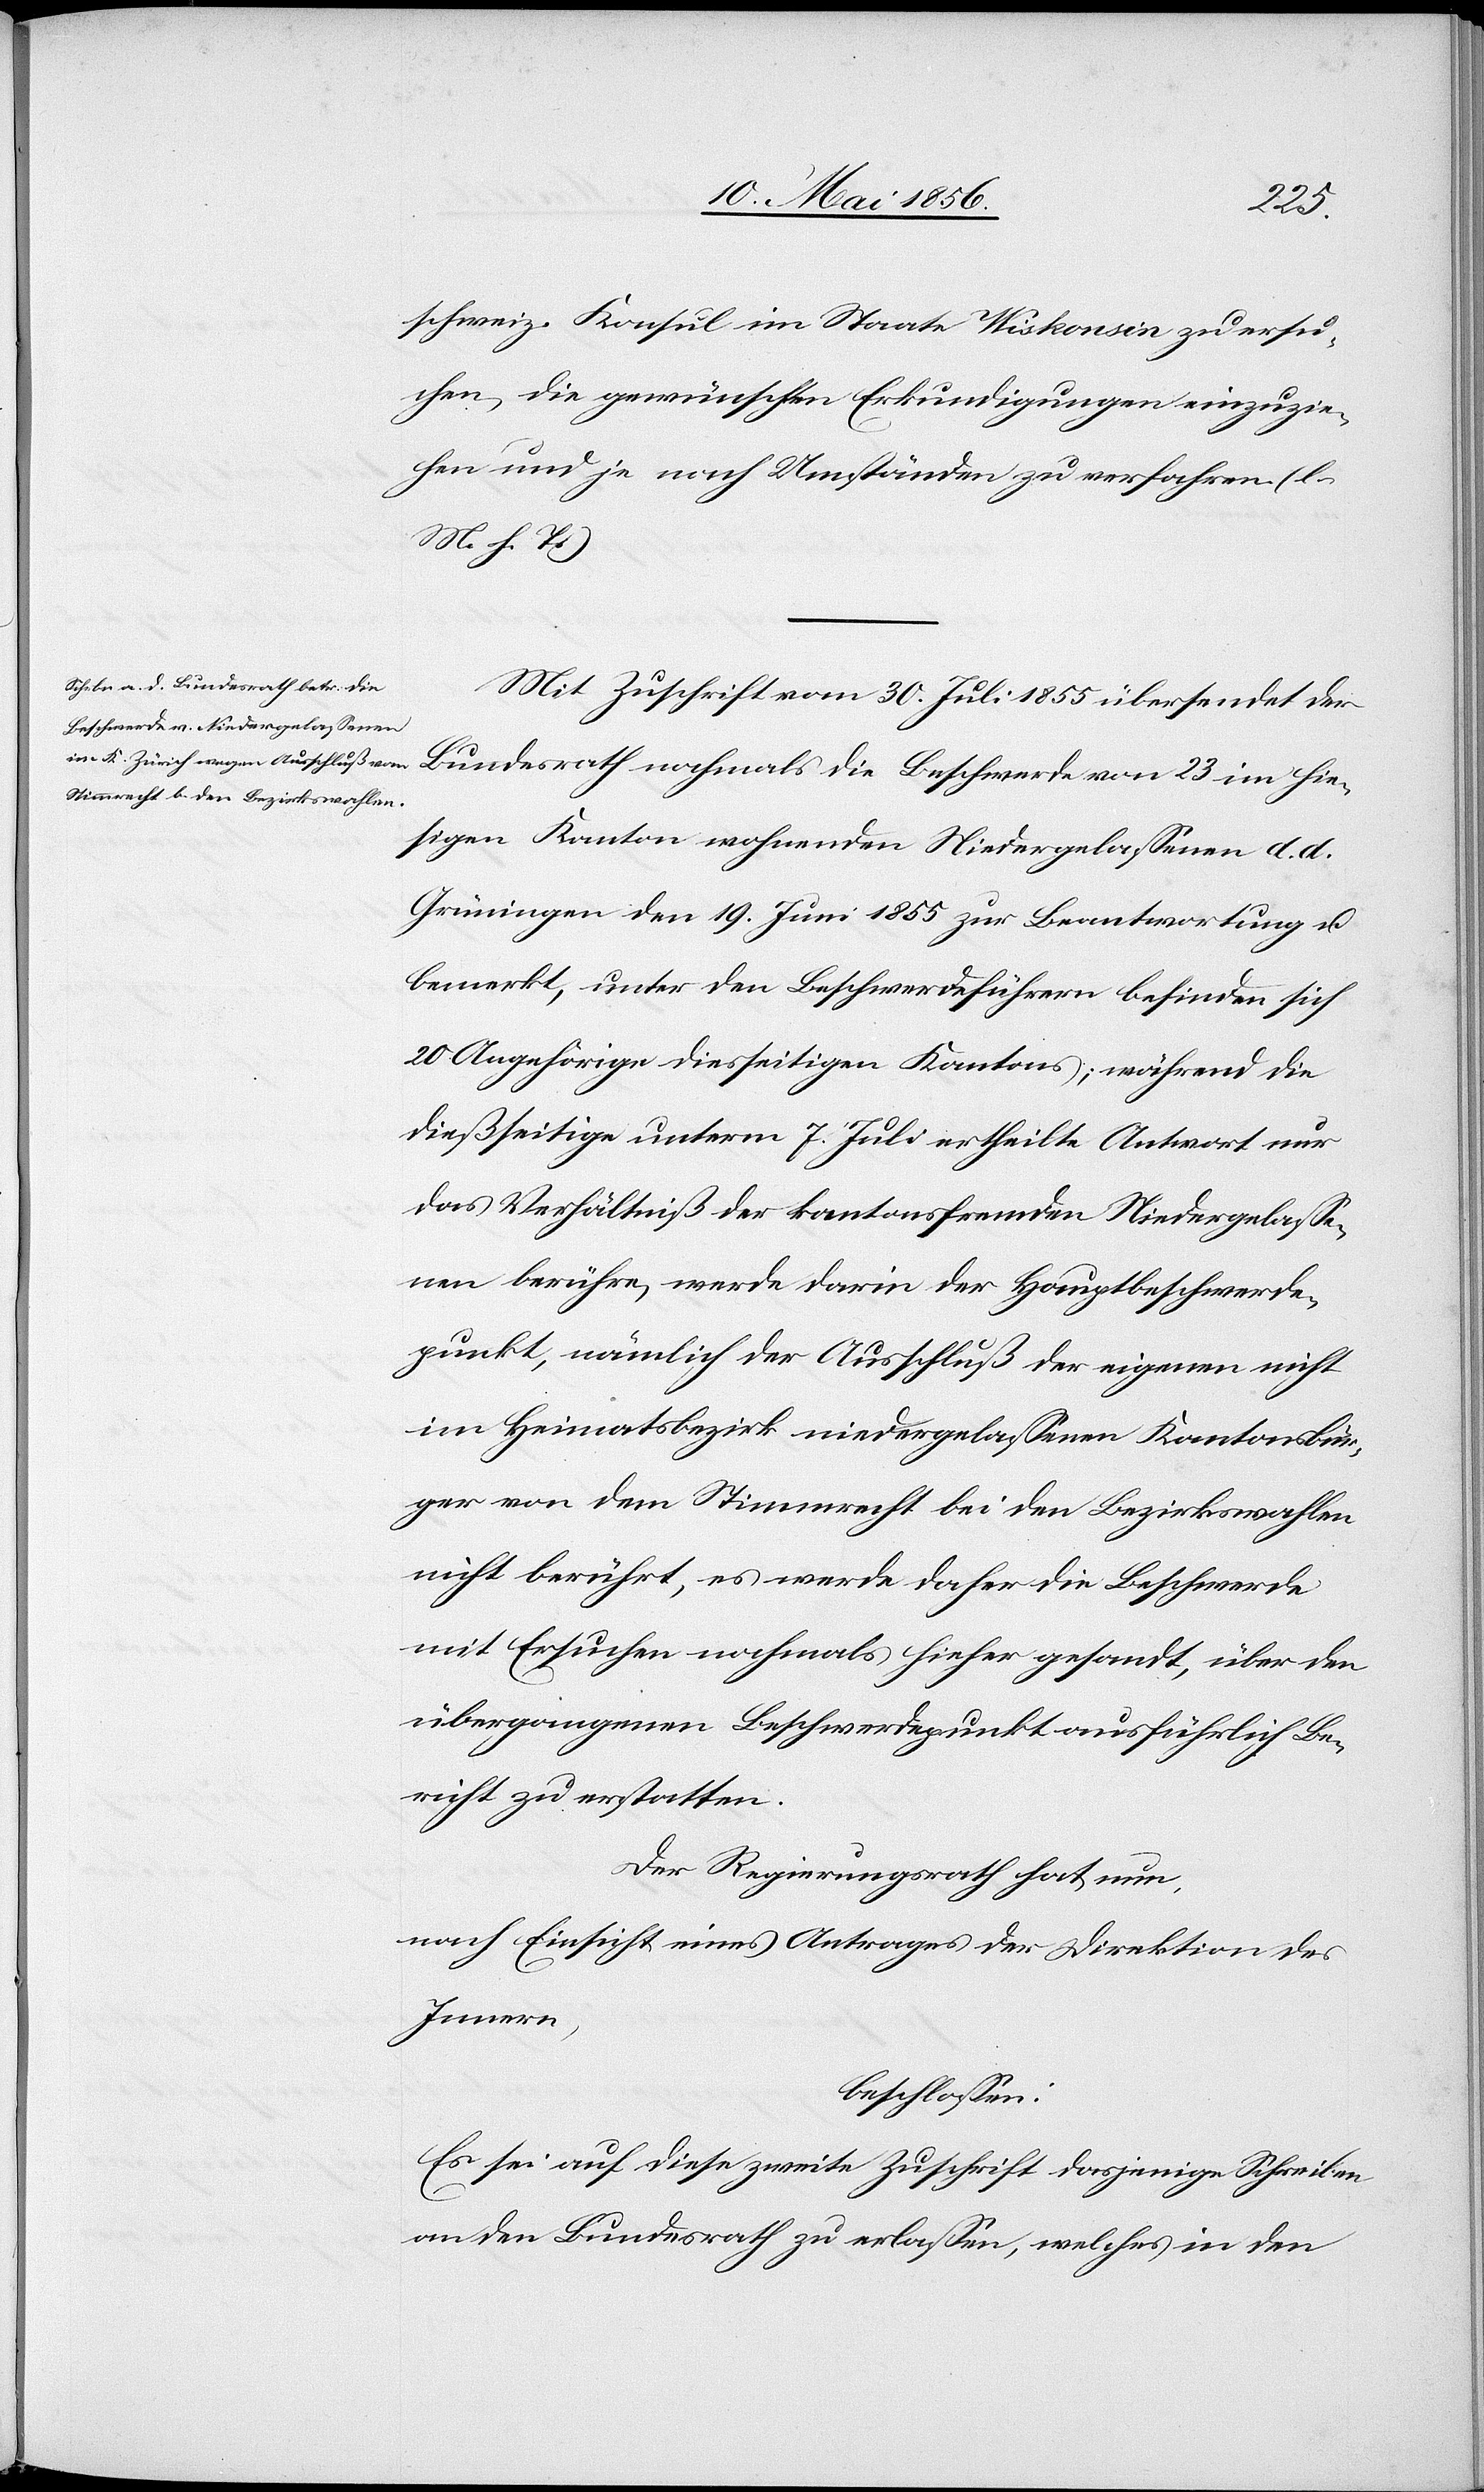
hie¬
schweiz. Konsul im Staate Wiskonsin zu ersu¬
chen, die gewünschten Erkundigungen einzuzie¬
hen und je nach Umständen zu verfahren. (l.
M. h. T.)
Mit Zuschrift vom 30. Juli 1855 übersendet der
Beschwerde von
sigen Kanton wohnenden Niedergelassenen d. d.
Grünigen den 19. Juni 1855 zur Beantwortung u.
bemerkt, unter den Beschwerdeführern befinden sich
20 Angehörige diesseitigen [sic!] Kantons; während die
dießseitige unterm 7. Juli ertheilte Antwort nur
das Verhältniß der kantonsfremden Niedergelasse¬
nen berühre, werde darin der Hauptbeschwerde¬
punkt, nämlich der Ausschluß der eigenen nicht
im Heimatsbezirk niedergelassenen Kantonsbür¬
ger von dem Stimmrecht bei den Bezirkswahlen
nicht berührt, es werde daher die Beschwerde
mit Ersuchen nochmals hieher gesandt, über den
übergangenen Beschwerdepunkt ausführlich Be¬
richt zu erstatten.
Der Regierungsrath hat nun,
nach Einsicht eines Antrages der Direktion des
Innern,
beschlossen:
Es sei auf diese zweite Zuschrift dasjenige Schreiben
an den Bundesrath zu erlassen, welches in den